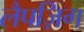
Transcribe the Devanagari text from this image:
लैपज़िग